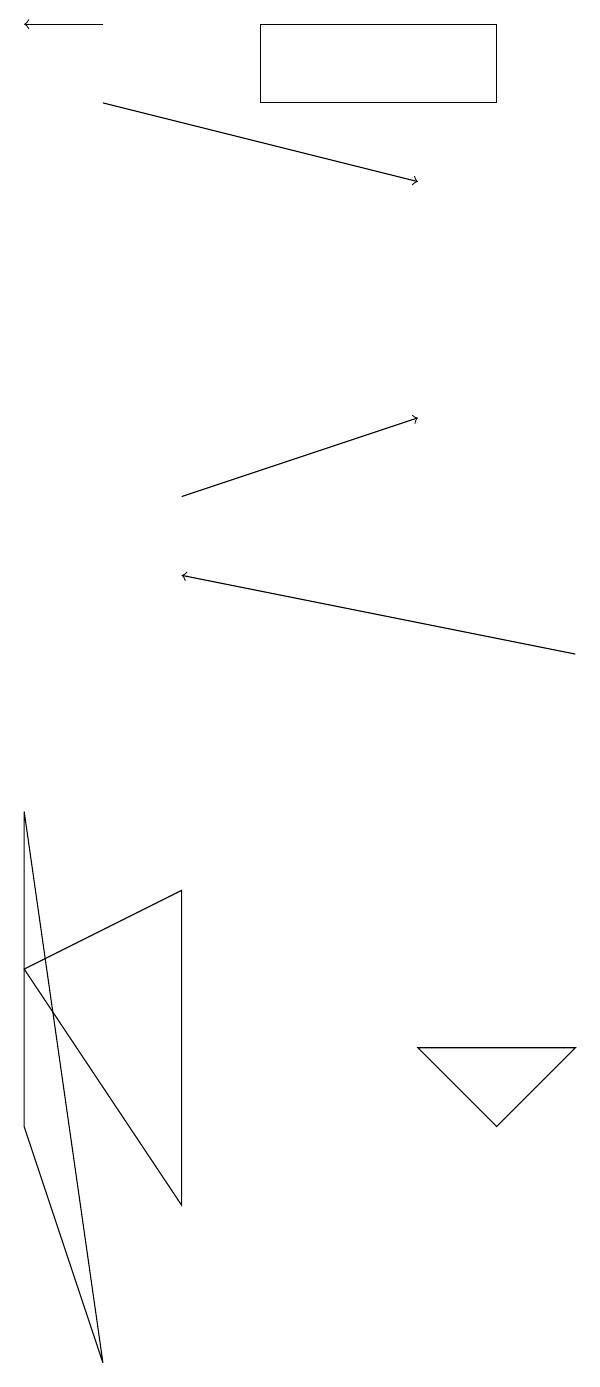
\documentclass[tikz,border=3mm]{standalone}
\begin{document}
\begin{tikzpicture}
\draw (8,6) -- (7,5) -- (6,6) -- cycle;
\draw[->] (3,13) -- (6,14);
\draw[->] (8,11) -- (3,12);
\draw (3,4) -- (3,8) -- (1,7) -- cycle;
\draw[->] (2,18) -- (6,17);
\draw (2,2) -- (1,9) -- (1,5) -- cycle;
\draw (7,18) rectangle (4,19);
\draw[->] (2,19) -- (1,19);
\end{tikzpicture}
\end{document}